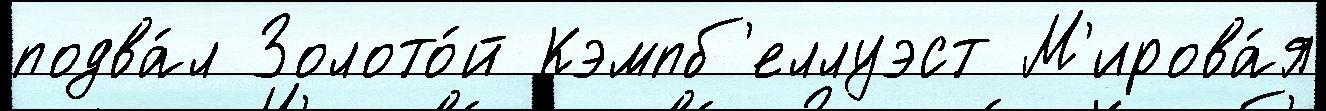
подва́л Золото́й Кэмпб'еллуэст М'ирова́я